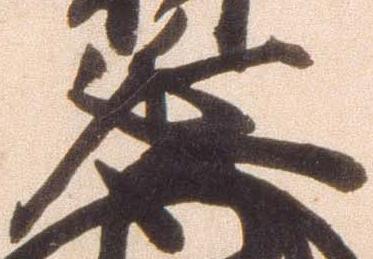
延